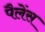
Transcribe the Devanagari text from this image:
पैलेंस